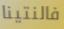
فالنتينا